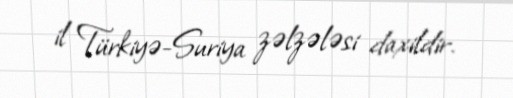
il Türkiyə-Suriya zəlzələsi daxildir.